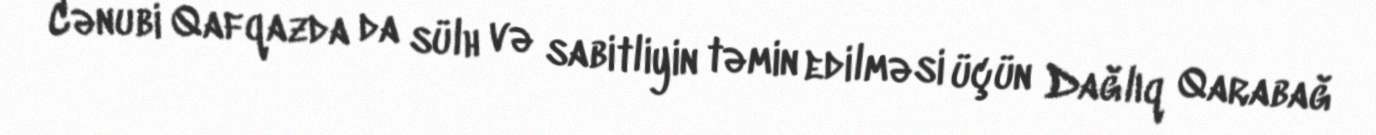
Cənubi Qafqazda da sülh və sabitliyin təmin edilməsi üçün Dağlıq Qarabağ